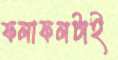
ফলাফলটাই